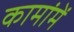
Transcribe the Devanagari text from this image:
कामांमें